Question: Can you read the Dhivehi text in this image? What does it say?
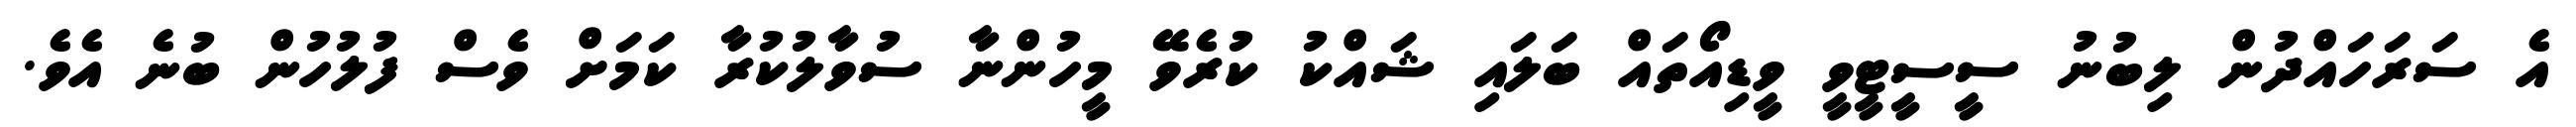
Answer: އެ ސަރަހައްދުން ލިބުނު ސީސީޓީވީ ވީޑިއޯތައް ބަލައި ޝައްކު ކުރެވޭ މީހުންނާ ސުވާލުކުރާ ކަމަށް ވެސް ފުލުހުން ބުނެ އެވެ.